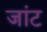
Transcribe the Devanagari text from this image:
जांट